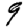
Digit: 9